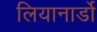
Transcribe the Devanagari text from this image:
लियानार्डो